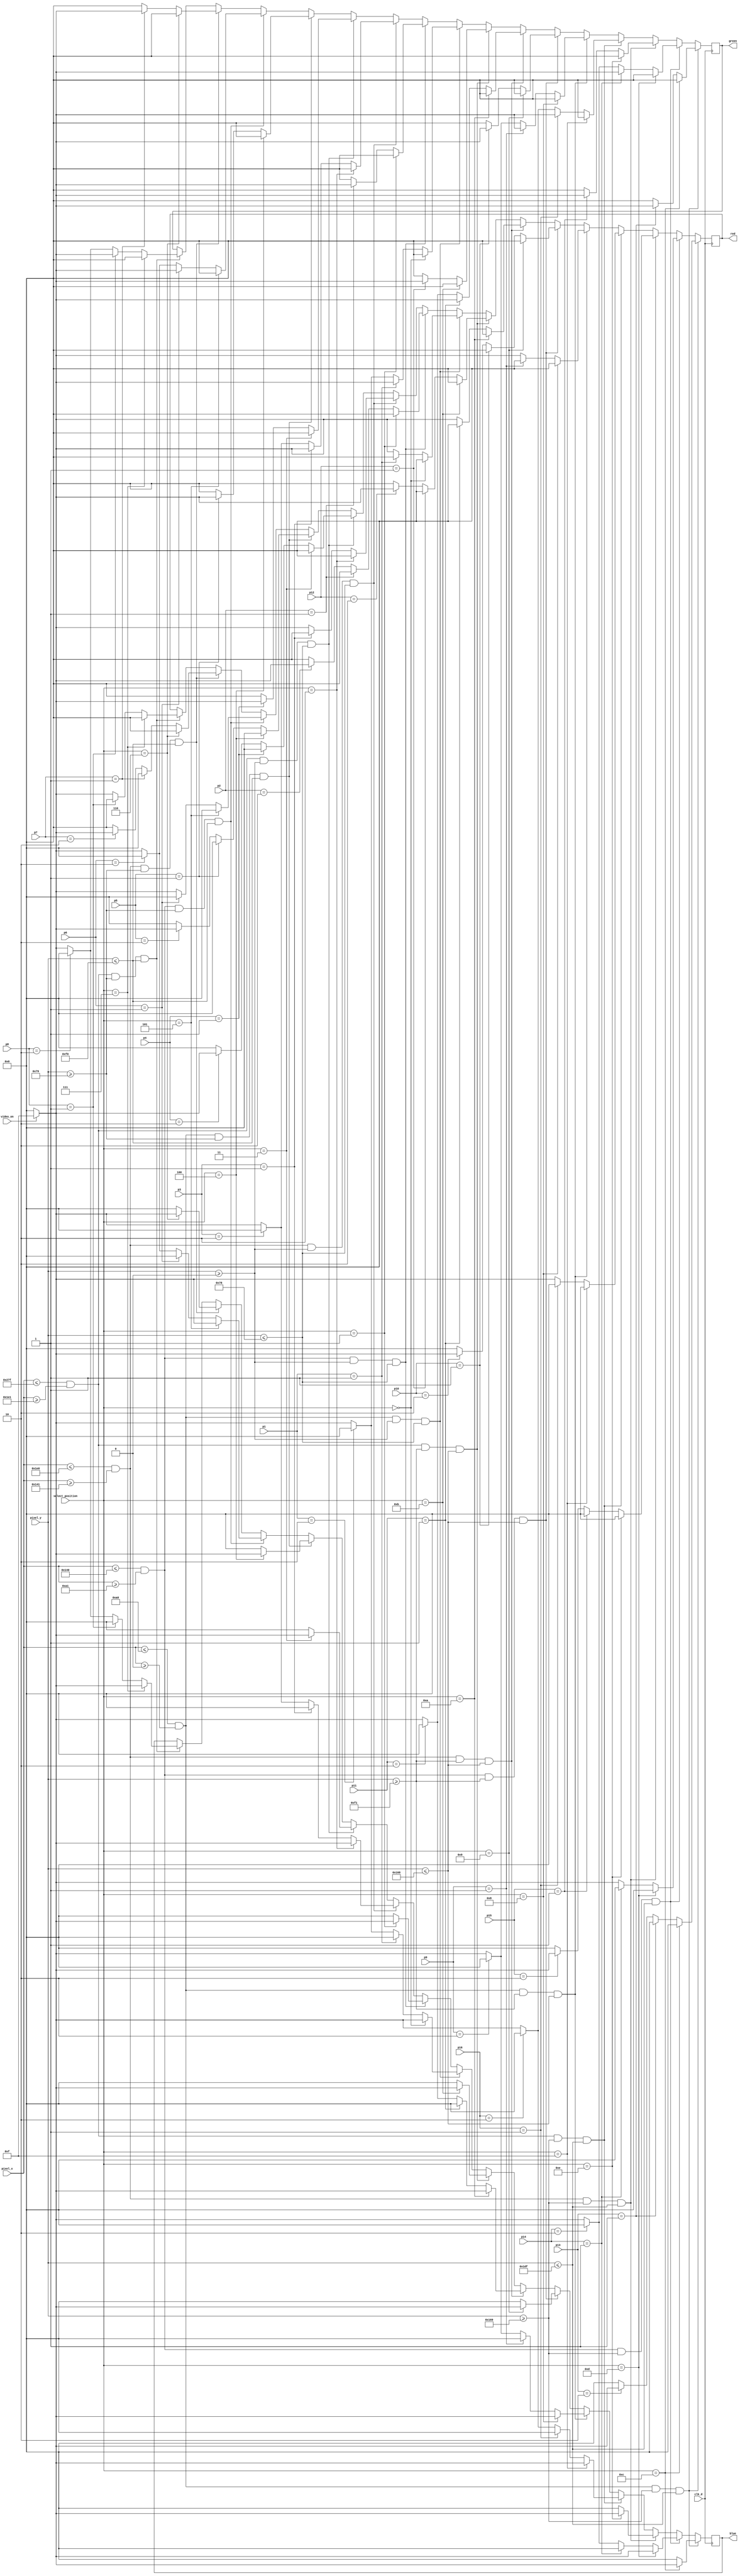
`timescale 1ns / 1ps


module pixel_gen( 
input clk_d,
input [9:0] pixel_x,
input [9:0] pixel_y,
input video_on,
input [1:0] p1,p2,p3,p4,p5,p6,p7,p8,p9, p10, p11, p12, p13, p14, p15, p16,
input [3:0] select_position,
output reg [3:0] red=0,
output reg [3:0] green=0,
output reg [3:0] blue=0
);


always @(posedge clk_d)
begin

if((pixel_x<=160) && (pixel_x>=0) && (pixel_y >=0) && (pixel_y <=120))
begin
    if(select_position == 4'b0000) begin
        red <= video_on ? 4'h0 : 4'h0;
        blue <= video_on ? 4'hF: 4'h0;
        green <= video_on ? 4'h0: 4'h0;
    end
    else if(p1 == 2'b01)
    begin
       red <= video_on ? 4'h0 : 4'h0;
       blue <= video_on ? 4'h0: 4'h0;
       green <= video_on ? 4'hF: 4'h0;
    end 
    
    else if(p1 == 2'b10)
    begin
       red <= video_on ? 4'hF : 4'h0;
       blue <= video_on ? 4'h0: 4'h0;
       green <= video_on ? 4'h0: 4'h0;
    end 
    else
    begin
       red <= video_on ? 4'hF : 4'h0;
       blue <= video_on ? 4'hF: 4'h0;
       green <= video_on ? 4'hF: 4'h0;
    end
 end
 
 else if((pixel_x<=320) && (pixel_x>=161) && (pixel_y >=0) && (pixel_y <=120))
begin
    if(select_position == 4'b0001) begin
        red <= video_on ? 4'h0 : 4'h0;
        blue <= video_on ? 4'hF: 4'h0;
        green <= video_on ? 4'h0: 4'h0;
    end
    else if(p2 == 2'b01)
    begin
       red <= video_on ? 4'h0 : 4'h0;
       blue <= video_on ? 4'h0: 4'h0;
       green <= video_on ? 4'hF: 4'h0;
    end 
    
    else if(p2 == 2'b10)
    begin
       red <= video_on ? 4'hF : 4'h0;
       blue <= video_on ? 4'h0: 4'h0;
       green <= video_on ? 4'h0: 4'h0;
    end 
    else
    begin
       red <= video_on ? 4'h0 : 4'h0;
       blue <= video_on ? 4'h0: 4'h0;
       green <= video_on ? 4'h0: 4'h0;
    end
 end
 
  else if((pixel_x<=480) && (pixel_x>=321) && (pixel_y >=0) && (pixel_y <=120))
begin
    if(select_position == 4'b0010) begin
        red <= video_on ? 4'h0 : 4'h0;
        blue <= video_on ? 4'hF: 4'h0;
        green <= video_on ? 4'h0: 4'h0;
    end
    else if(p3 == 2'b01)
    begin
       red <= video_on ? 4'h0 : 4'h0;
       blue <= video_on ? 4'h0: 4'h0;
       green <= video_on ? 4'hF: 4'h0;
    end 
    
    else if(p3 == 2'b10)
    begin
       red <= video_on ? 4'hF : 4'h0;
       blue <= video_on ? 4'h0: 4'h0;
       green <= video_on ? 4'h0: 4'h0;
    end 
    else
    begin
       red <= video_on ? 4'hF : 4'h0;
       blue <= video_on ? 4'hF: 4'h0;
       green <= video_on ? 4'hF: 4'h0;
    end 
 end
 
   else if((pixel_x<=639) && (pixel_x>=481) && (pixel_y >=0) && (pixel_y <=120))
begin
    if(select_position == 4'b0011) begin
        red <= video_on ? 4'h0 : 4'h0;
        blue <= video_on ? 4'hF: 4'h0;
        green <= video_on ? 4'h0: 4'h0;
    end
    else if(p4 == 2'b01)
    begin
       red <= video_on ? 4'h0 : 4'h0;
       blue <= video_on ? 4'h0: 4'h0;
       green <= video_on ? 4'hF: 4'h0;
    end 
    
    else if(p4 == 2'b10)
    begin
       red <= video_on ? 4'hF : 4'h0;
       blue <= video_on ? 4'h0: 4'h0;
       green <= video_on ? 4'h0: 4'h0;
    end 
    else
    begin
       red <= video_on ? 4'h0 : 4'h0;
       blue <= video_on ? 4'h0: 4'h0;
       green <= video_on ? 4'h0: 4'h0;
    end
 end
 
else if((pixel_x<=160) && (pixel_x>=0) && (pixel_y >=121) && (pixel_y <=240))
begin
    if(select_position == 4'b0100) begin
        red <= video_on ? 4'h0 : 4'h0;
        blue <= video_on ? 4'hF: 4'h0;
        green <= video_on ? 4'h0: 4'h0;
    end
    else if(p5 == 2'b01)
    begin
       red <= video_on ? 4'h0 : 4'h0;
       blue <= video_on ? 4'h0: 4'h0;
       green <= video_on ? 4'hF: 4'h0;
    end 
    
    else if(p5 == 2'b10)
    begin
       red <= video_on ? 4'hF : 4'h0;
       blue <= video_on ? 4'h0: 4'h0;
       green <= video_on ? 4'h0: 4'h0;
    end 
    else
    begin
       red <= video_on ? 4'h0 : 4'h0;
       blue <= video_on ? 4'h0: 4'h0;
       green <= video_on ? 4'h0: 4'h0;
    end
 end
 
 else if((pixel_x<=320) && (pixel_x>=161) && (pixel_y >= 121) && (pixel_y <=240))
begin
    if(select_position == 4'b0101) begin
        red <= video_on ? 4'h0 : 4'h0;
        blue <= video_on ? 4'hF: 4'h0;
        green <= video_on ? 4'h0: 4'h0;
    end
    else if(p6 == 2'b01)
    begin
       red <= video_on ? 4'h0 : 4'h0;
       blue <= video_on ? 4'h0: 4'h0;
       green <= video_on ? 4'hF: 4'h0;
    end 
    
    else if(p6 == 2'b10)
    begin
       red <= video_on ? 4'hF : 4'h0;
       blue <= video_on ? 4'h0: 4'h0;
       green <= video_on ? 4'h0: 4'h0;
    end 
    else
    begin
       red <= video_on ? 4'hF : 4'h0;
       blue <= video_on ? 4'hF: 4'h0;
       green <= video_on ? 4'hF: 4'h0;
    end
 end
 
  else if((pixel_x<=480) && (pixel_x>=321) && (pixel_y >= 121) && (pixel_y <=240))
begin
    if(select_position == 4'b0110) begin
        red <= video_on ? 4'h0 : 4'h0;
        blue <= video_on ? 4'hF: 4'h0;
        green <= video_on ? 4'h0: 4'h0;
    end
    else if(p7 == 2'b01)
    begin
       red <= video_on ? 4'h0 : 4'h0;
       blue <= video_on ? 4'h0: 4'h0;
       green <= video_on ? 4'hF: 4'h0;
    end 
    
    else if(p7 == 2'b10)
    begin
       red <= video_on ? 4'hF : 4'h0;
       blue <= video_on ? 4'h0: 4'h0;
       green <= video_on ? 4'h0: 4'h0;
    end 
    else
    begin
       red <= video_on ? 4'h0 : 4'h0;
       blue <= video_on ? 4'h0: 4'h0;
       green <= video_on ? 4'h0: 4'h0;
    end 
 end
 
   else if((pixel_x<=639) && (pixel_x>=481) && (pixel_y >=121) && (pixel_y <=240))
begin
    if(select_position == 4'b0111) begin
        red <= video_on ? 4'h0 : 4'h0;
        blue <= video_on ? 4'hF: 4'h0;
        green <= video_on ? 4'h0: 4'h0;
    end
    else if(p8 == 2'b01)
    begin
       red <= video_on ? 4'h0 : 4'h0;
       blue <= video_on ? 4'h0: 4'h0;
       green <= video_on ? 4'hF: 4'h0;
    end 
    
    else if(p8 == 2'b10)
    begin
       red <= video_on ? 4'hF : 4'h0;
       blue <= video_on ? 4'h0: 4'h0;
       green <= video_on ? 4'h0: 4'h0;
    end 
    else
    begin
       red <= video_on ? 4'hF : 4'h0;
       blue <= video_on ? 4'hF: 4'h0;
       green <= video_on ? 4'hF: 4'h0;
    end
 end
 
 if((pixel_x<=160) && (pixel_x>=0) && (pixel_y >=241) && (pixel_y <=360))
begin
    if(select_position == 4'b1000) begin
        red <= video_on ? 4'h0 : 4'h0;
        blue <= video_on ? 4'hF: 4'h0;
        green <= video_on ? 4'h0: 4'h0;
    end
    else if(p9 == 2'b01)
    begin
       red <= video_on ? 4'h0 : 4'h0;
       blue <= video_on ? 4'h0: 4'h0;
       green <= video_on ? 4'hF: 4'h0;
    end 
    
    else if(p9 == 2'b10)
    begin
       red <= video_on ? 4'hF : 4'h0;
       blue <= video_on ? 4'h0: 4'h0;
       green <= video_on ? 4'h0: 4'h0;
    end 
    else
    begin
       red <= video_on ? 4'hF : 4'h0;
       blue <= video_on ? 4'hF: 4'h0;
       green <= video_on ? 4'hF: 4'h0;
    end
 end
 
 else if((pixel_x<=320) && (pixel_x>=161) && (pixel_y >=241) && (pixel_y <=360))
begin
    if(select_position == 4'b1001) begin
        red <= video_on ? 4'h0 : 4'h0;
        blue <= video_on ? 4'hF: 4'h0;
        green <= video_on ? 4'h0: 4'h0;
    end
    else if(p10 == 2'b01)
    begin
       red <= video_on ? 4'h0 : 4'h0;
       blue <= video_on ? 4'h0: 4'h0;
       green <= video_on ? 4'hF: 4'h0;
    end 
    
    else if(p10 == 2'b10)
    begin
       red <= video_on ? 4'hF : 4'h0;
       blue <= video_on ? 4'h0: 4'h0;
       green <= video_on ? 4'h0: 4'h0;
    end 
    else
    begin
       red <= video_on ? 4'h0 : 4'h0;
       blue <= video_on ? 4'h0: 4'h0;
       green <= video_on ? 4'h0: 4'h0;
    end
 end
 
  else if((pixel_x<=480) && (pixel_x>=321) && (pixel_y >=241) && (pixel_y <=360))
begin
    if(select_position == 4'b1010) begin
        red <= video_on ? 4'h0 : 4'h0;
        blue <= video_on ? 4'hF: 4'h0;
        green <= video_on ? 4'h0: 4'h0;
    end
    else if(p11 == 2'b01)
    begin
       red <= video_on ? 4'h0 : 4'h0;
       blue <= video_on ? 4'h0: 4'h0;
       green <= video_on ? 4'hF: 4'h0;
    end 
    
    else if(p11 == 2'b10)
    begin
       red <= video_on ? 4'hF : 4'h0;
       blue <= video_on ? 4'h0: 4'h0;
       green <= video_on ? 4'h0: 4'h0;
    end 
    else
    begin
       red <= video_on ? 4'hF : 4'h0;
       blue <= video_on ? 4'hF: 4'h0;
       green <= video_on ? 4'hF: 4'h0;
    end 
 end
 
   else if((pixel_x<=639) && (pixel_x>=481) && (pixel_y >=241) && (pixel_y <=360))
begin
    if(select_position == 4'b1011) begin
        red <= video_on ? 4'h0 : 4'h0;
        blue <= video_on ? 4'hF: 4'h0;
        green <= video_on ? 4'h0: 4'h0;
    end
    else if(p12 == 2'b01)
    begin
       red <= video_on ? 4'h0 : 4'h0;
       blue <= video_on ? 4'h0: 4'h0;
       green <= video_on ? 4'hF: 4'h0;
    end 
    
    else if(p12 == 2'b10)
    begin
       red <= video_on ? 4'hF : 4'h0;
       blue <= video_on ? 4'h0: 4'h0;
       green <= video_on ? 4'h0: 4'h0;
    end 
    else
    begin
       red <= video_on ? 4'h0 : 4'h0;
       blue <= video_on ? 4'h0: 4'h0;
       green <= video_on ? 4'h0: 4'h0;
    end
 end
 
 if((pixel_x<=160) && (pixel_x>=0) && (pixel_y >=361) && (pixel_y <=479))
begin
    if(select_position == 4'b1100) begin
        red <= video_on ? 4'h0 : 4'h0;
        blue <= video_on ? 4'hF: 4'h0;
        green <= video_on ? 4'h0: 4'h0;
    end
    else if(p13 == 2'b01)
    begin
       red <= video_on ? 4'h0 : 4'h0;
       blue <= video_on ? 4'h0: 4'h0;
       green <= video_on ? 4'hF: 4'h0;
    end 
    
    else if(p13 == 2'b10)
    begin
       red <= video_on ? 4'hF : 4'h0;
       blue <= video_on ? 4'h0: 4'h0;
       green <= video_on ? 4'h0: 4'h0;
    end 
    else
    begin
       red <= video_on ? 4'h0 : 4'h0;
       blue <= video_on ? 4'h0: 4'h0;
       green <= video_on ? 4'h0: 4'h0;
    end
 end
 
 else if((pixel_x<=320) && (pixel_x>=161) && (pixel_y >= 361) && (pixel_y <=479))
begin
    if(select_position == 4'b1101) begin
        red <= video_on ? 4'h0 : 4'h0;
        blue <= video_on ? 4'hF: 4'h0;
        green <= video_on ? 4'h0: 4'h0;
    end
    else if(p14 == 2'b01)
    begin
       red <= video_on ? 4'h0 : 4'h0;
       blue <= video_on ? 4'h0: 4'h0;
       green <= video_on ? 4'hF: 4'h0;
    end 
    
    else if(p14 == 2'b10)
    begin
       red <= video_on ? 4'hF : 4'h0;
       blue <= video_on ? 4'h0: 4'h0;
       green <= video_on ? 4'h0: 4'h0;
    end 
    else
    begin
       red <= video_on ? 4'hF : 4'h0;
       blue <= video_on ? 4'hF: 4'h0;
       green <= video_on ? 4'hF: 4'h0;
    end
 end
 
  else if((pixel_x<=480) && (pixel_x>=321) && (pixel_y >= 361) && (pixel_y <=479))
begin
    if(select_position == 4'b1110) begin
        red <= video_on ? 4'h0 : 4'h0;
        blue <= video_on ? 4'hF: 4'h0;
        green <= video_on ? 4'h0: 4'h0;
    end
    else if(p15 == 2'b01)
    begin
       red <= video_on ? 4'h0 : 4'h0;
       blue <= video_on ? 4'h0: 4'h0;
       green <= video_on ? 4'hF: 4'h0;
    end 
    
    else if(p15 == 2'b10)
    begin
       red <= video_on ? 4'hF : 4'h0;
       blue <= video_on ? 4'h0: 4'h0;
       green <= video_on ? 4'h0: 4'h0;
    end 
    else
    begin
       red <= video_on ? 4'h0 : 4'h0;
       blue <= video_on ? 4'h0: 4'h0;
       green <= video_on ? 4'h0: 4'h0;
    end 
 end
 
   else if((pixel_x<=639) && (pixel_x>=481) && (pixel_y >=361) && (pixel_y <=479))
begin
    if(select_position == 4'b1111) begin
        red <= video_on ? 4'h0 : 4'h0;
        blue <= video_on ? 4'hF: 4'h0;
        green <= video_on ? 4'h0: 4'h0;
    end
    else if(p16 == 2'b01)
    begin
       red <= video_on ? 4'h0 : 4'h0;
       blue <= video_on ? 4'h0: 4'h0;
       green <= video_on ? 4'hF: 4'h0;
    end 
    
    else if(p16 == 2'b10)
    begin
       red <= video_on ? 4'hF : 4'h0;
       blue <= video_on ? 4'h0: 4'h0;
       green <= video_on ? 4'h0: 4'h0;
    end 
    else
    begin
       red <= video_on ? 4'hF : 4'h0;
       blue <= video_on ? 4'hF: 4'h0;
       green <= video_on ? 4'hF: 4'h0;
    end
 end
 
 
 
    /*else 
    begin
    
    if (pixel_y==0)
        vert=0;
    else if (pixel_y==120)
        vert=1;
    else if (pixel_y==240)
        vert=0;
    else if (pixel_y==360)
        vert=1;
    else if (pixel_y==480)
        vert=0;
    //else if (pixel_y==300)
        //vert=1;    
    //else if (pixel_y==360)
        //vert=0;
    //else if (pixel_y==420)
        //vert=1;
        
        
        if (pixel_x>639)
            greater=1;
        else
            greater=0;
            if (pixel_x==0)
        hor=0;
    else if (pixel_x==160)
        hor=1;
    else if (pixel_x==320)
        hor=0;
    else if (pixel_x==480)
        hor=1;
    else if (pixel_x==640)
        hor=0;
    //else if (pixel_x==300)
        //hor=1;    
    //else if (pixel_x==360)
        //hor=0;
    //else if (pixel_x==420)
        //hor=1;

    on=hor^vert;
    red <= video_on? (greater? (4'h0):(on? 4'h0:4'hF)): (4'h0);
    green <= video_on? (greater? (4'hF):(on? 4'h0:4'hF)): (4'h0);
    blue <= video_on? (greater? (4'h0):(on? 4'h0:4'hF)): (4'h0);
    
    end*/
    
    
end


endmodule